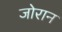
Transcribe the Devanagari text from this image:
जोरान